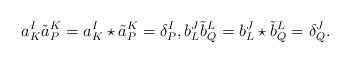
LaTeX: \begin{align*} a_K^I \tilde a_P^K = a_K^I \star \tilde a_P^K = \delta^I_P, b_L^J \tilde b_Q^L = b_L^J \star \tilde b_Q^L = \delta^J_Q.\end{align*}